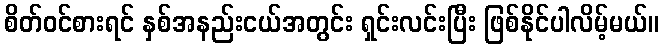
စိတ်ဝင်စားရင် နှစ်အနည်းငယ်အတွင်း ရှင်းလင်းပြီး ဖြစ်နိုင်ပါလိမ့်မယ်။